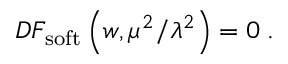
{ \cal D } F _ { \mathrm { s o f t } } \left( w , \mu ^ { 2 } / \lambda ^ { 2 } \right) = 0 \; .